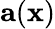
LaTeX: \mathbf{a}(\mathbf{x})